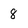
Character: 8